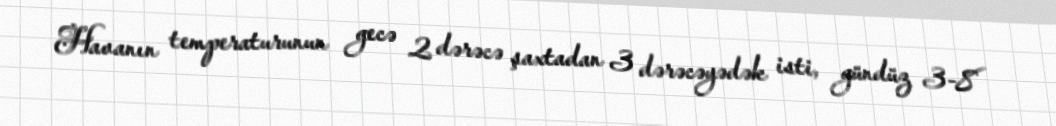
Havanın temperaturunun gecə 2 dərəcə şaxtadan 3 dərəcəyədək isti, gündüz 3-8